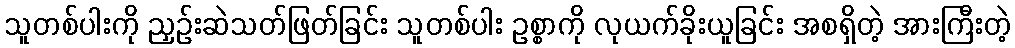
သူတစ်ပါးကို ညှဉ်းဆဲသတ်ဖြတ်ခြင်း သူတစ်ပါး ဥစ္စာကို လုယက်ခိုးယူခြင်း အစရှိတဲ့ အားကြီးတဲ့